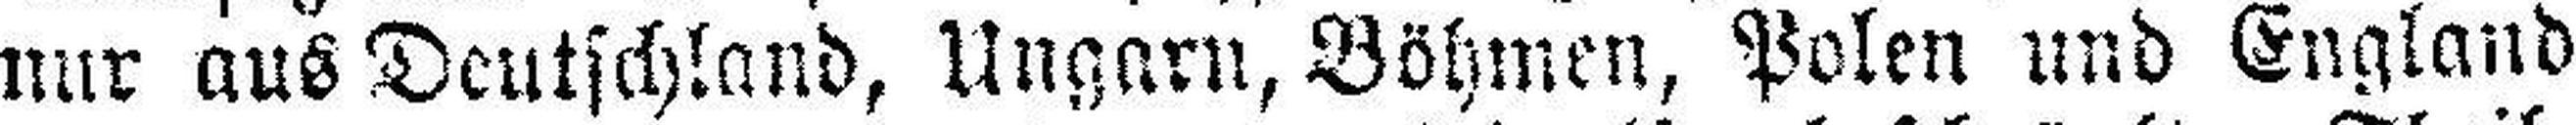
nur aus Deutschland, Ungarn, Böhmen, Polen und England